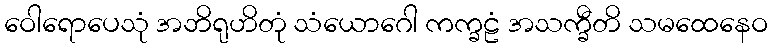
ဝေါရောပေသုံ အဘိရုဟိတုံ သံယောဂေါ ကက္ခဠံ အသက္ခီတိ သမထေနေဝ